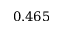
0 . 4 6 5